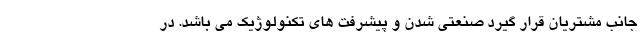
جانب مشتریان قرار گیرد صنعتی شدن و پیشرفت های تکنولوژیک می باشد. در